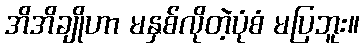
အိအိချိုဟာ မနှစ်လိုတဲ့ပုံစံ မပြဘူး။